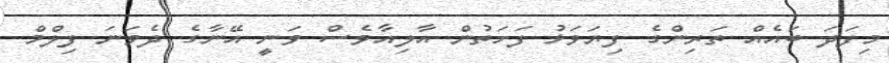
މިފަދަ ބައެއް ތަރިންގެ ފިޔަވަޅު ފަހަތުން އާލިއާވެސް ވަނީ އޭނާގެ ދެވަނަ ފިލްމް